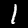
Digit: 1